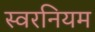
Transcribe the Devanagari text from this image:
स्वरनियम